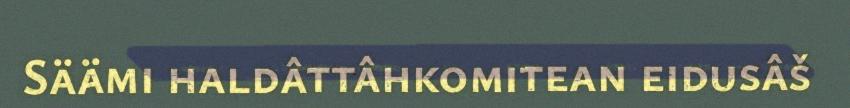
Säämi haldâttâhkomitean eidusâš